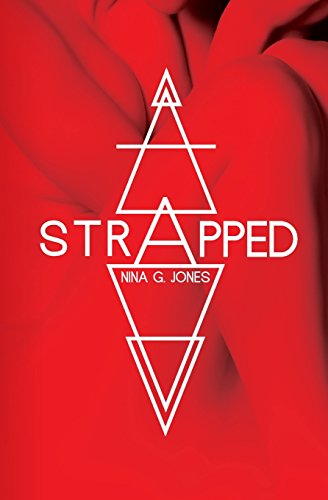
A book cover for Strapped (Strapped Series) (Volume 1); Nina G. Jones; Romance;